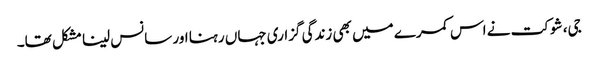
جی، شوکت نے اس کمرے میں بھی زندگی گزاری جہاں رہنا اور سانس لینا مشکل تھا۔